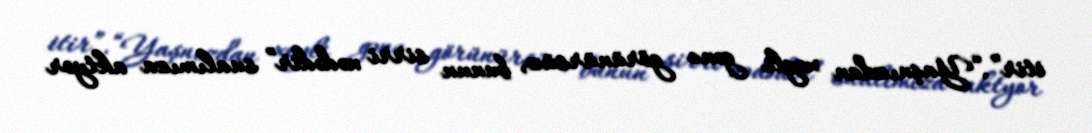
itir”.“Yaşnızdan xeyli gənc görünürsüz, bunun sirri nədədir” sualımıza aktyor